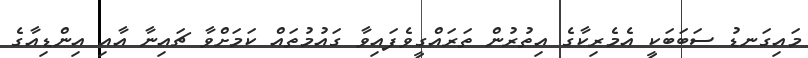
މައިގަނޑު ސަބަބަކީ އެމެރިކާގެ އިތުރުން ތަރައްގީވެފައިވާ ގައުމުތައް ކަމަށްވާ ޗައިނާ އާއި އިންޑިއާގެ